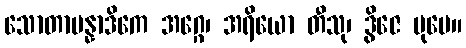
သောတာပန္နာဒိကေ အဂ္ဂေ၊ အရိယော တီသု၊ ဒွိဇေ ပုမေ။